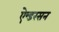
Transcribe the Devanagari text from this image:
ऐन्डरसन